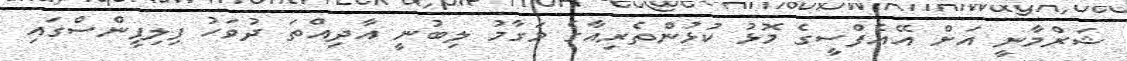
ޝަރްމާނީ އަށް އޭއެފްސީގެ މޮޅު ކުޅުންތެރިއާގެ މަގާމު ލިބުނީ އާދިއްތަ ދުވަހު ފިލިޕީންސްގައި